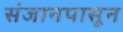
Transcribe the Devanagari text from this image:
संजानपासून